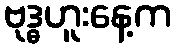
ဗုဒ္ဓဟူးနေ့က